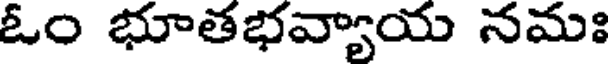
ఓం భూతభవ్యాయ నమః